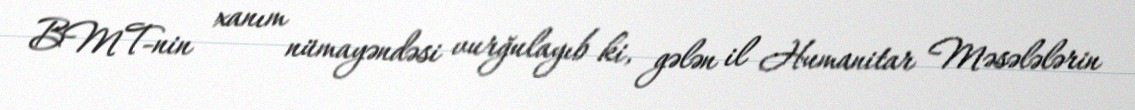
BMT-nin xanım nümayəndəsi vurğulayıb ki, gələn il Humanitar Məsələlərin